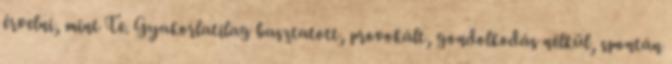
érvelni, mint Te. Gyakorlatilag basztatott, provokált, gondolkodás nélkül, spontán